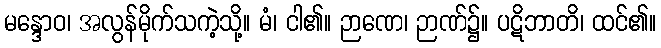
မန္ဒောဝ၊ အလွန်မိုက်သကဲ့သို့။ မံ၊ ငါ၏။ ဉာဏေ၊ ဉာဏ်၌။ ပဋိဘာတိ၊ ထင်၏။